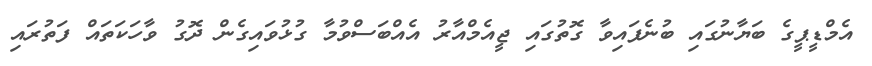
އެމްޑީޕީގެ ބަޔާނުގައި ބުނެފައިވާ ގޮތުގައި ޖީއެމްއާރު އެއްބަސްވުމާ ގުޅުވައިގެން ދޮގު ވާހަކަތައް ފަތުރައި